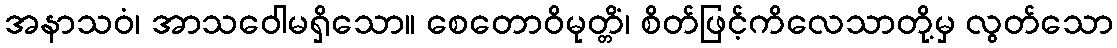
အနာသဝံ၊ အာသဝေါမရှိသော။ စေတောဝိမုတ္တိံ၊ စိတ်ဖြင့်ကိလေသာတို့မှ လွတ်သော